Karksi_vallavalitsus, lk 123
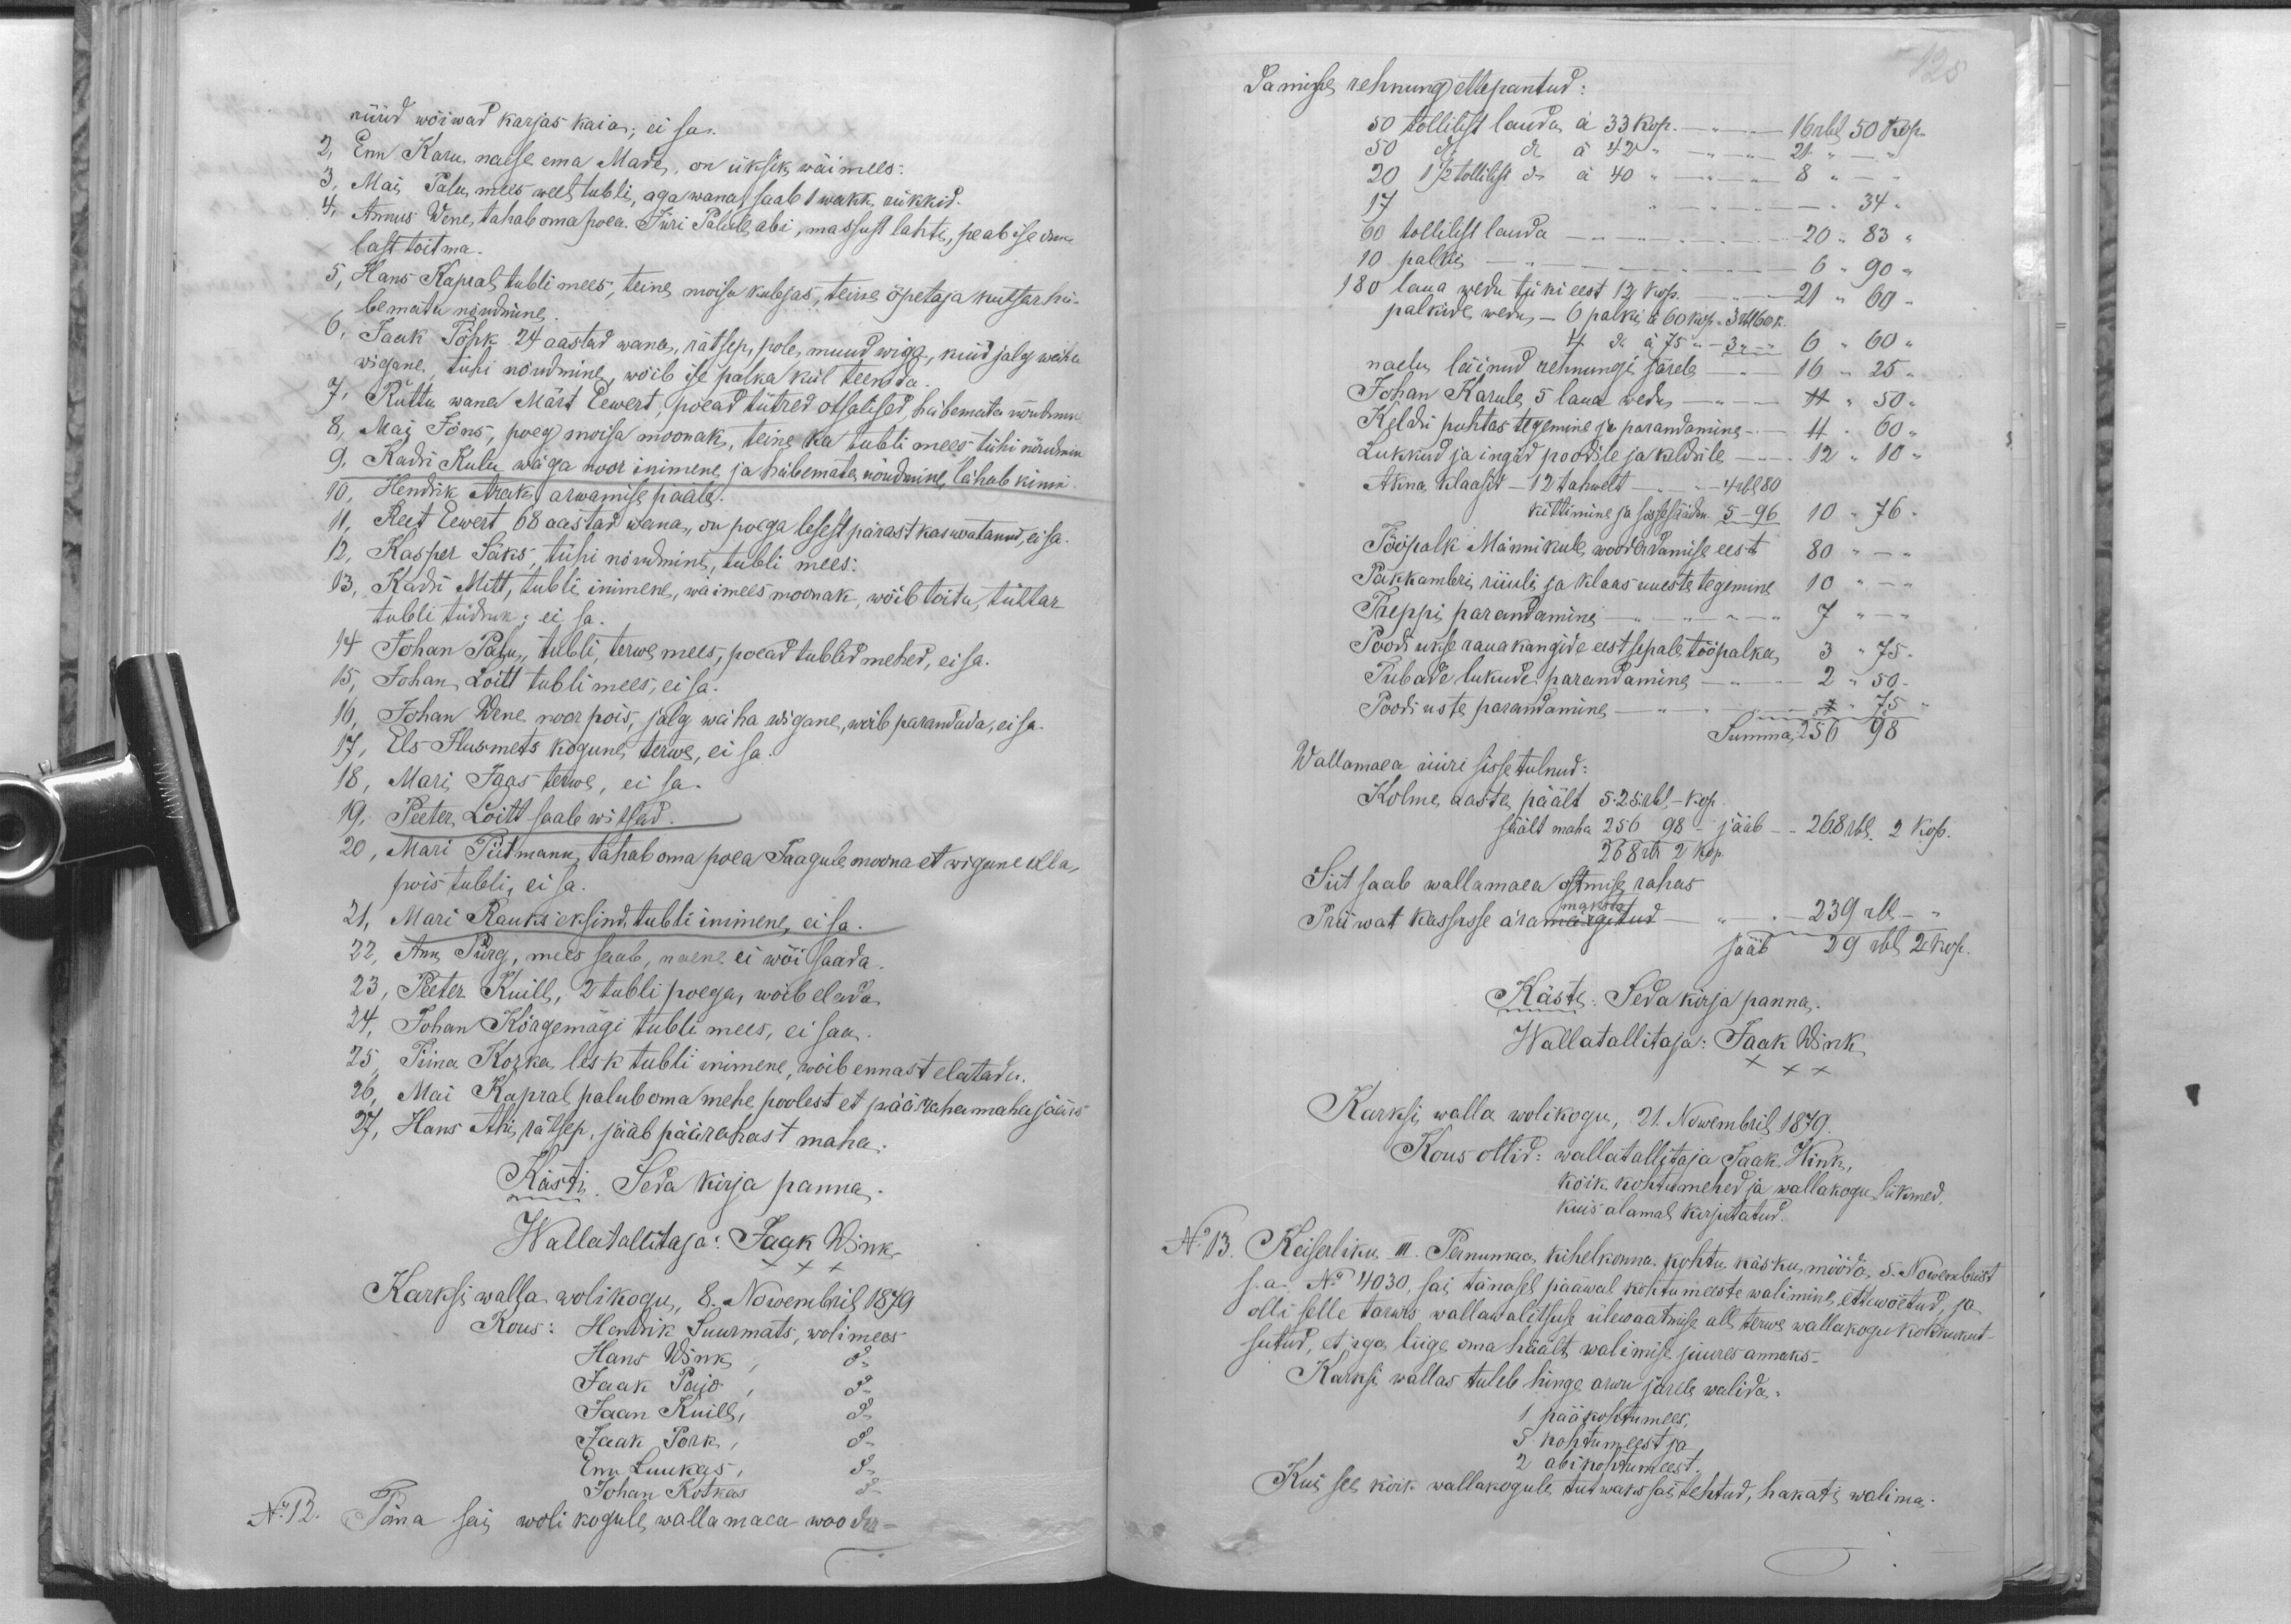
nüüd wõiwad karjas kaia; ei sa.
2, Enn Karu, naese ema Made, on üksik wäimees.
3, Mai Palu, mees weel tubli, aga wana, saab 1 wakk rükkid.
4, Annus Wene, tahab oma poea Jüri Palule abi, massust lahti, peab ise oma
last toitma
5, Hans Kapral tubli mees, teine moisa kubjas, teine õpetaja kutsar hä-
bematu nõudmine,
6, Jaak Tõhk 24 aastad wana, rätsep, pole muud wiga, kuid jalg wähe
wigane, tühi nõudmine, wõib ise palka kül teenida
7, Ruttu wana Märt Eewert, poead tütred otsalised, häbemata nõudmine
8, Mai Jõns, poeg moisa moonak, teine ka tubli mees, tühi nõudmin
9. Kadi Kulu wäga noor inimene ja häbemata nõudmine läheb kinni.
10, Hendrik Arak, arwamise pääle.
11, Reet Eewert 68 aastad wana, on poega lesest pärast kaswatanud, ei sa.
12, Kasper Säks, tühi nõudmine, tubli mees.
13, Kadi Mitt, tubli inimene, wäimees moonak, wõib toita, tüttar
tubli tüdruk; ei sa
14 Johan Palu, tubli, terwe mees, poead tublid mehed, ei sa.
15, Johan, Loitt tubli mees, ei sa.
16, Johan Wene noor pois, jalg wäha wigane, wõib parandada, ei sa.
17, Els Ilusmets kogune terwe, ei sa.
18, Mari Jaas terwe, ei sa.
19, Peeter Loitt saab witsad.
20, Mari Tiitmann, tahab oma poea Jaagule moona et wigane olla,
pois tubli, ei sa.
21, Mari Rauks eksind, tubli inimene, ei sa.
22, Ann Pürg, mees saab, naene ei wõi saada
23, Peeter Kuill, 2 tubli poega, wõib elada.
24, Johan Kõrgemägi tubli mees, ei saa
25, Tiina Korka lesk tubli inimene, woib ennast elatada
26, Mai Kapral palub oma mehe poolest et päärahamaha jääks
27, Hans Ahi, rätsep, jääb päärahast maha
Kästi. Seda kirja panna.
Wallatallitaja: Jaak Wink
XXX
Karksi walla wolikogu, 8. Nowembril 1879
Kous: Hendrik Suurmats, wolimees
Hans Wink, do
Jaak Paio, do
Jaan Kuill, do
Jaak Pork, do
Enn Luukas, do
Johan Kotkas do
No 12. Täna sai, wolikogule, walla maea wooder-

damise rehnung ettepantud:
125
50 tollilist lauda à 33 kop. -"- 16 rbl 50 kop.
50 do do à 42 " -"- 21 " - "
20 1 1/2 tollilist do à 40 " -"- 8 " - "
17 "-" 34 "
60 tollilist lauda -"- 20 " 83 "
10 palki -"- 6 " 90 "
180 laua wedu tüki eest 12 kop. -"- 21 " 60 "
palkide wedu - 6 palki à 60 kop. 3 rbl 60 k.
4 do à 75 "- 3 "-" 6 " 60 "
naelu läinud rehnungi järele -"- 16 " 25 "
Johan Karule 5 laua wedu -"- 11 " 50 "
Keldri puhtas tegemine ja parandamine -"- 11 " 60 "
Lukkud ja ingid poodile keldrile -"- 12 " 10 "
Akna klaasid - 12 tahwelt - " - 4 rbl 80
Tööpalk Männikule wooderdamise eest 80
kittimine ja sissesäädm. 5-96 10 " 76 "
Pakkambri riiuli ja klaas uueste tegemine 10
Treppi parandamine -"- 7
Poodi ukse raua kangide eest sepale tööpalka 3 " 75 "
Tubade lukude parandamine -"- 2 " 50 "
Poodi uste parandamine -"- 7 " 75
Summa 256 98
Wallamaea üüri sisse tulnud:
Kolme aasta päält 5.25.rbl. - kop
säält maha 256 98 - jääb - - 26.8 rbl 2 kop.
268 rbl 2 kop.
Siit saab wallamaea otsmise rahas
maksta
Priiwat kassasse äramärgitud -"- 239 rbl-
jääb 29 rbl 2 kop.
Kästi: Seda kirja panna.
Wallatallitaja: Jaak Wink.
XXX
Karksi walla wolikogu, 21. Nowembril 1879.
Kous ollid: wallatallitaja Jaak Wink
kõik kohtumehed ja wallakogu liikmed,
kuis alamal kirjutatud.
No 13. Keiserliku III. Pernumaa kihelkonna kohtu käsku mööda, 5. Nowembrist
s.a. No 4030, sai tänasel pääwal kohtumeeste walimine, ettewõetud, ja
olli selle tarwis wallawalitsuse ülewaatmise all terwe wallakogukokkukut-
sutud, et iga liige oma häält walimise juures annaks.
Karksi wallas tuleb hinge arwu järele walida:
1 pääkohtumees,
5 kohtumeest ja
2 abikohtumeest.
Kui see kõik wallakogule tutwaks sai tehtud, hakati walima.